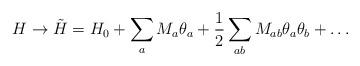
LaTeX: \begin{align*}H\rightarrow\tilde{H}=H_0+\sum_aM_a\theta_a+\frac{1}{2}\sum_{ab}M_{ab}\theta_a\theta_b+\ldots\end{align*}